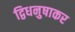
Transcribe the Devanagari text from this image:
द्विधनुषाकर